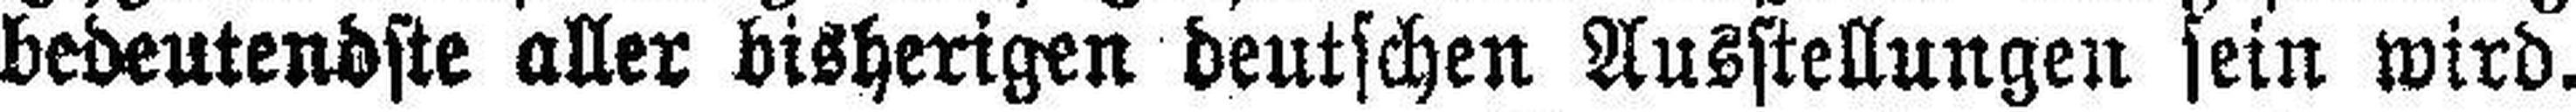
bedeutendste aller bisherigen deutschen Ausstellungen sein wird.